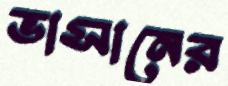
ভাসানের